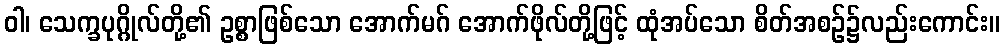
ဝါ၊ သေက္ခပုဂ္ဂိုလ်တို့၏ ဥစ္စာဖြစ်သော အောက်မဂ် အောက်ဖိုလ်တို့ဖြင့် ထုံအပ်သော စိတ်အစဉ်၌လည်းကောင်း။